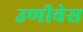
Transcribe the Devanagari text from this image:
उणीवेस